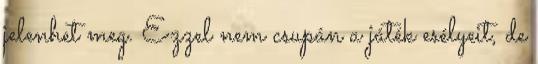
jelenhet meg. Ezzel nem csupán a játék esélyeit, de